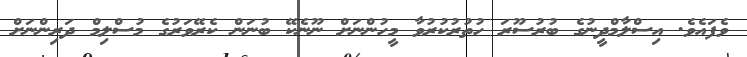
ވެފައެވެ. އިސްލާމްދީނުގެ ބުރުސޫރަ ހުތުރުކުރުވާ މީހުންނަށް ނޫނެކޭ ބުނަން ކެރޭވަރުގެ މުސްލިމް ދަރިންނަށް